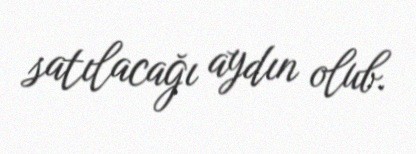
satılacağı aydın olub.